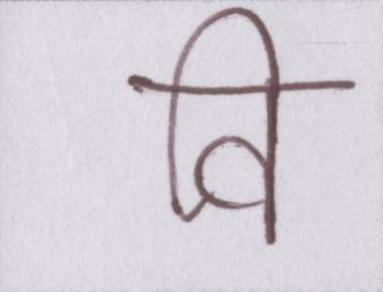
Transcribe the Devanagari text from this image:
वि